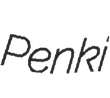
Penki